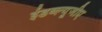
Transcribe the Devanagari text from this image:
ईडब्ल्यूजीए